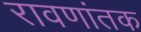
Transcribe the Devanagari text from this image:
रावणांतक